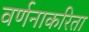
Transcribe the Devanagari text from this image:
वर्णनाकरिता